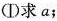
(Ⅰ)求a;